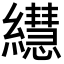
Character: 𦇀